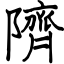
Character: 隮